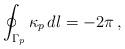
LaTeX: \begin{align*} \oint_{\Gamma_p} \kappa_p \, dl = -2\pi \,,\end{align*}